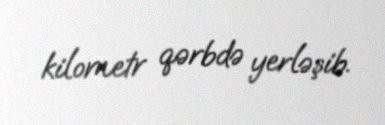
kilometr qərbdə yerləşib.